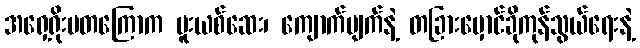
အရှေ့ရိုးမတကြောက မူးယစ်ဆေး၊ ကျောက်မျက်နဲ့ တခြားမှောင်ခိုကုန်သွယ်ရေးနဲ့